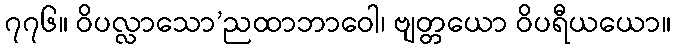
၇၇၆။ ဝိပလ္လာသော’ညထာဘာဝေါ၊ ဗျတ္တယော ဝိပရီယယော။